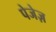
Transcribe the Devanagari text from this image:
पेजेज़